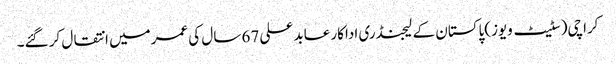
کراچی(سٹیٹ ویوز)پاکستان کے لیجنڈری اداکار عابد علی 67 سال کی عمرمیں انتقال کر گئے۔